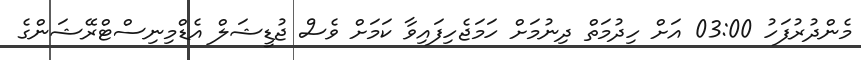
މެންދުރުފަހު 03:00 އަށް ހިދުމަތް ދިނުމަށް ހަމަޖެހިފައިވާ ކަމަށް ވެސް ޖުޑީޝަލް އެޑްމިނިސްޓްރޭޝަންގެ